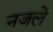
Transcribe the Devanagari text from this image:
नजले